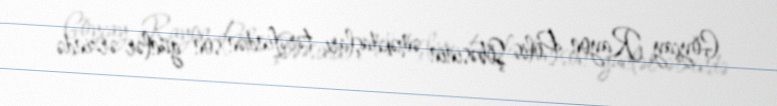
Göyçay Rayon Polis Şöbəsinin əməkdaşları tərəfindən son günlər ərzində